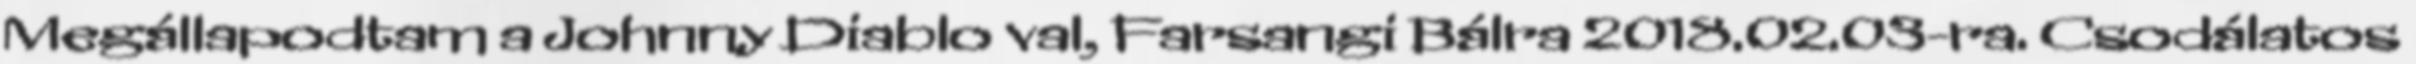
Megállapodtam a Johnny Diablo val, Farsangi Bálra 2018.02.03-ra. Csodálatos